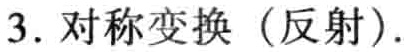
3. 对称变换（反射）.